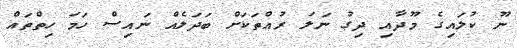
ނޫ ކުލައިގެ މޫދާއި ދިގު ނަލަ ރުއްތަކަށް ބަދަލެއް ނައިސް ހަމަ ހިތްތައް